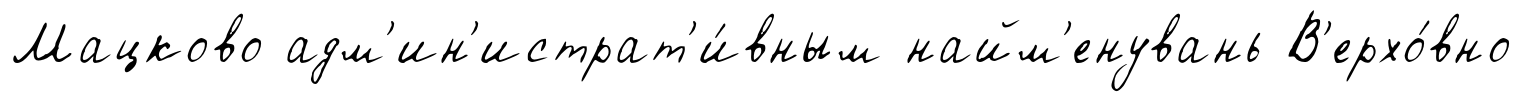
Мацково адм'ин'истрат'и́вным найм'енувань В'ерхо́вно